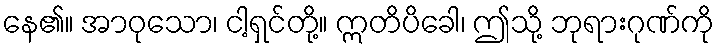
နေ၏။ အာဝုသော၊ ငါ့ရှင်တို့။ ဣတိပိခေါ၊ ဤသို့ ဘုရားဂုဏ်ကို